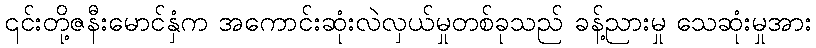
၎င်းတို့ဇနီးမောင်နှံက အကောင်းဆုံးလဲလှယ်မှုတစ်ခုသည် ခန့်ညားမှု သေဆုံးမှုအား